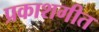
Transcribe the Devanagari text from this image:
प्रकाशगीत